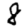
Digit: 8